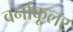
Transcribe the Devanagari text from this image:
वर्नाकूलर